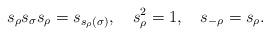
LaTeX: \begin{align*}{s}_{\rho}{s}_{\sigma}{s}_{\rho} ={s}_{s_{\rho}(\sigma)},\quad{s}_{\rho}^2=1,\quad {s}_{-\rho}={s}_{\rho}.\end{align*}